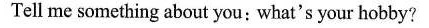
Tell me something about you; what's your hobby?